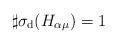
LaTeX: \begin{align*}\sharp\sigma_{\rm d}(H_{\alpha\mu}) = 1\end{align*}